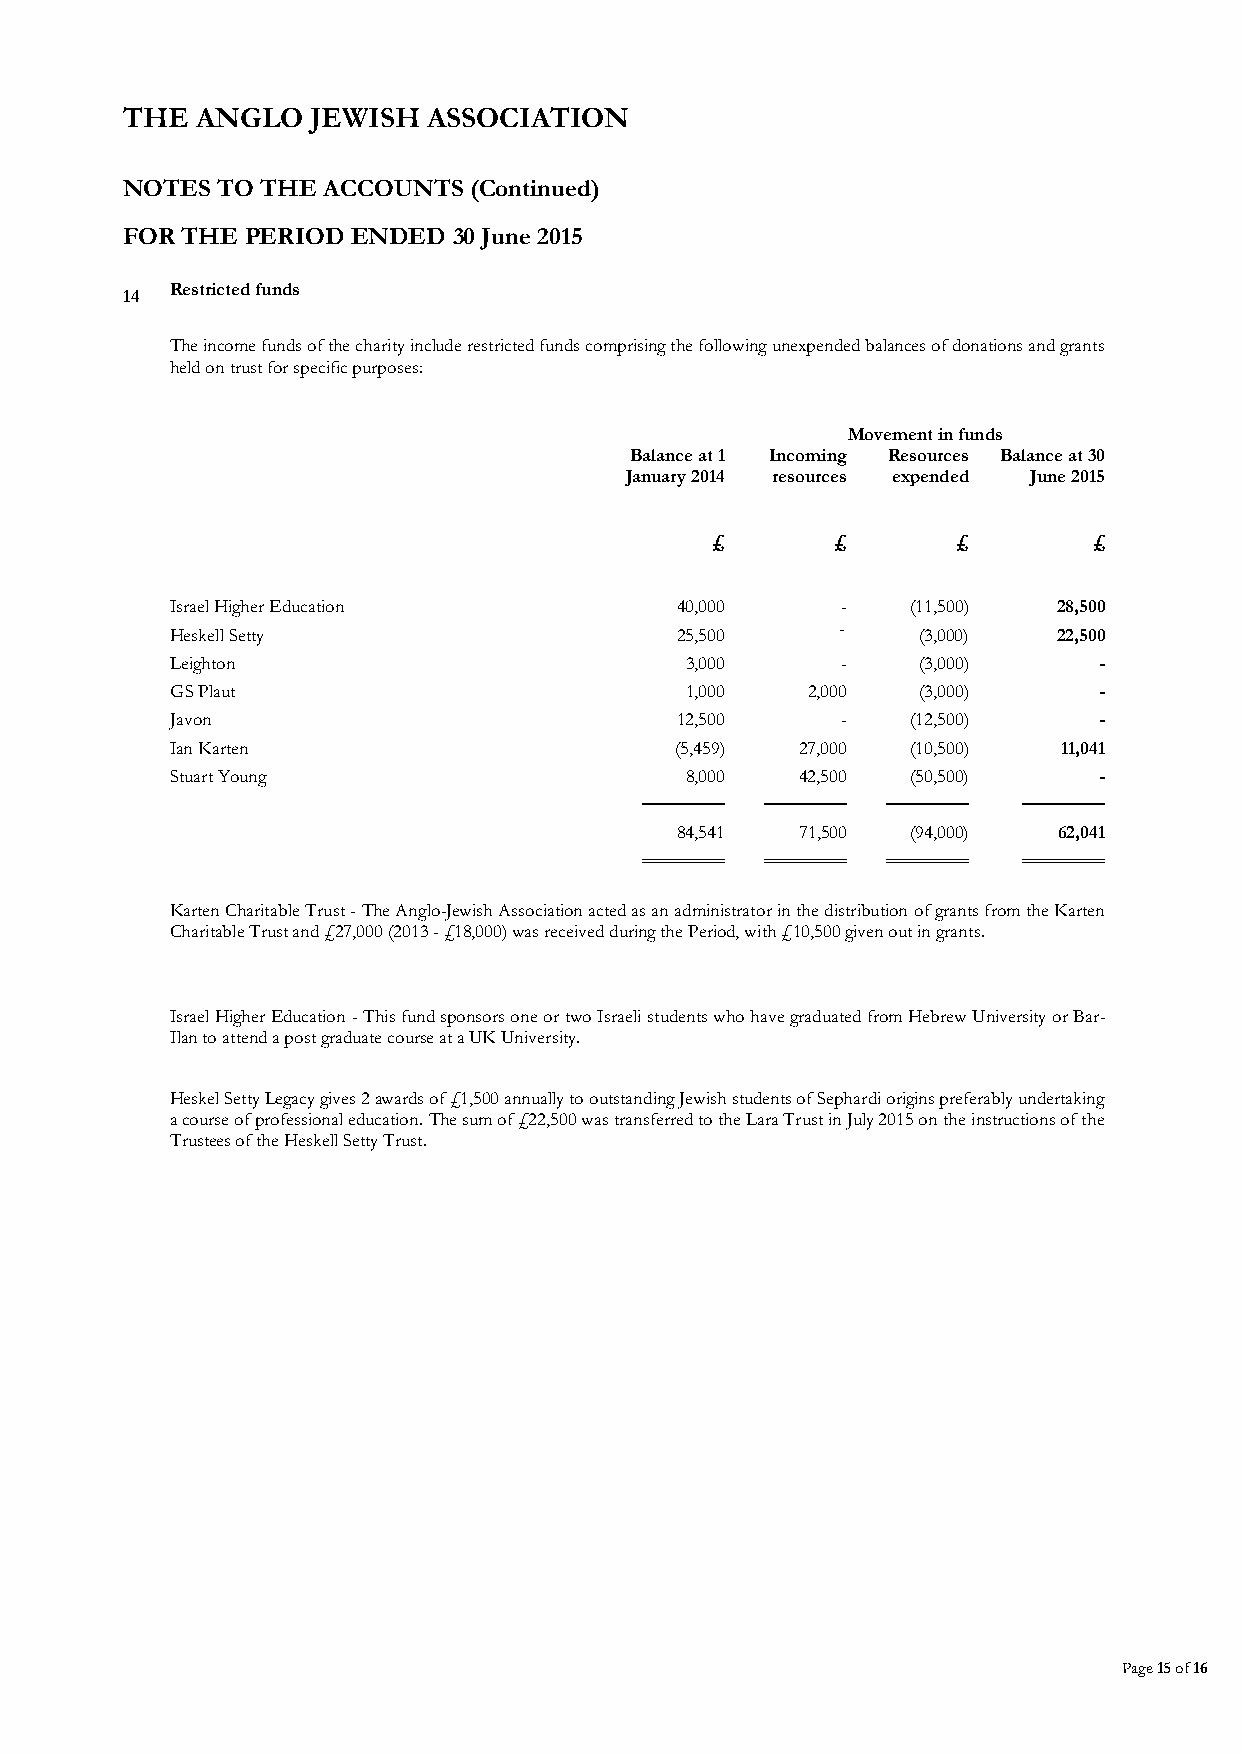
THE  ANGLO   JEWISH ASSOCIATION
 NOTES TO THE ACCOUNTS  (Continued)
 FOR THE PERIOD ENDED  30 June 2015
 Restricted funds
 14
 The income funds of the charity include restricted funds comprising the following unexpended balances of donations and grants
 held on trust for specific purposes:
 Movement in funds
 Balance at 1 Incoming Resources Balance at 30
 January 2014 resources expended June 2015
 £       £       £        £
 Israel Higher Education           40,000     -   (11,500)  28,500
 -
 Heskell Setty                     25,500          (3,000)  22,500
 Leighton                          3,000      -    (3,000)     -
 GS Plaut                          1,000   2,000   (3,000)     -
 Javon                             12,500     -   (12,500)     -
 Ian Karten                        (5,459) 27,000 (10,500)  11,041
 Stuart Young                      8,000   42,500 (50,500)     -
 ───────  ─────── ───────  ───────
 84,541  71,500 (94,000)  62,041
 ═══════  ═══════ ═══════  ═══════
 Karten Charitable Trust - The Anglo-Jewish Association acted as an administrator in the distribution of grants from the Karten
 Charitable Trust and £27,000 (2013 - £18,000) was received during the Period, with £10,500 given out in grants.
 Israel Higher Education - This fund sponsors one or two Israeli students who have graduated from Hebrew University or Bar-
 Ilan to attend a post graduate course at a UK University.
 Heskel Setty Legacy gives 2 awards of £1,500 annually to outstanding Jewish students of Sephardi origins preferably undertaking
 a course of professional education. The sum of £22,500 was transferred to the Lara Trust in July 2015 on the instructions of the
 Trustees of the Heskell Setty Trust.
 Page 15 of 16